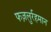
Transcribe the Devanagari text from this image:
फज़लुर्रहमान